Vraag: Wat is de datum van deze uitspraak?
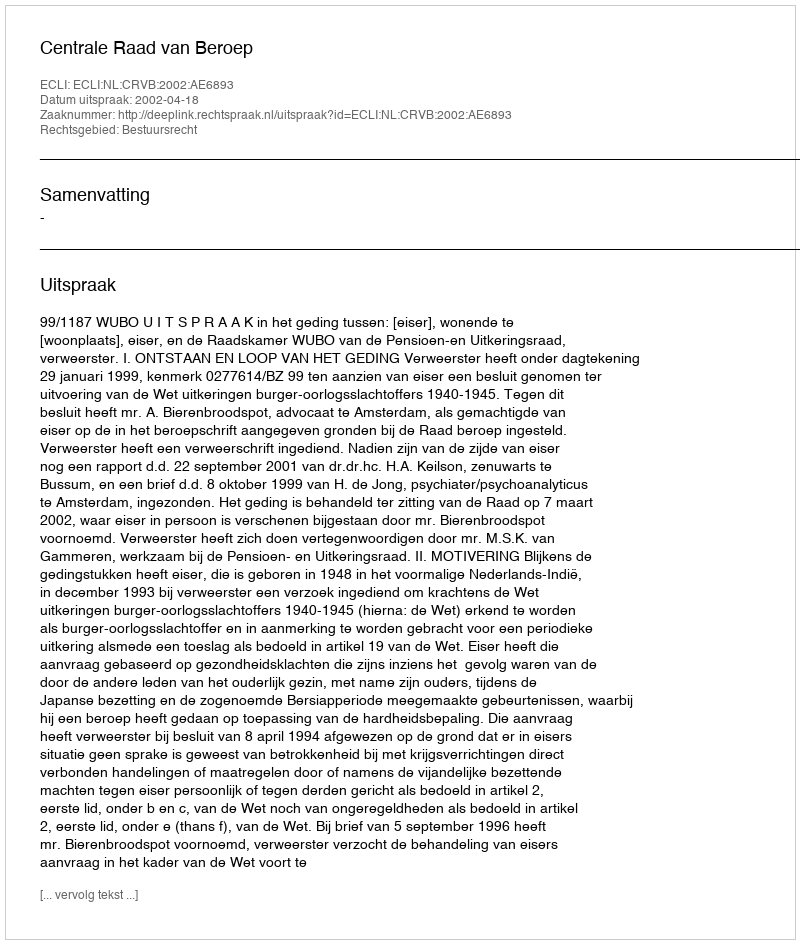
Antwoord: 2002-04-18